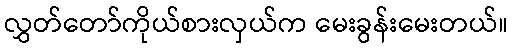
လွှတ်တော်ကိုယ်စားလှယ်က မေးခွန်းမေးတယ်။